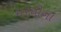
મરઘીના